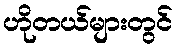
ဟိုတယ်များတွင်